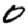
Digit: 0